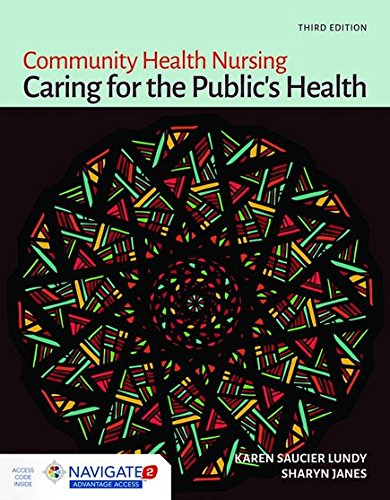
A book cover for Community Health Nursing: Caring for the Public's Health; Karen Saucier Lundy; Medical Books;